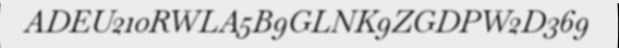
ADEU210RWLA5B9GLNK9ZGDPW2D369